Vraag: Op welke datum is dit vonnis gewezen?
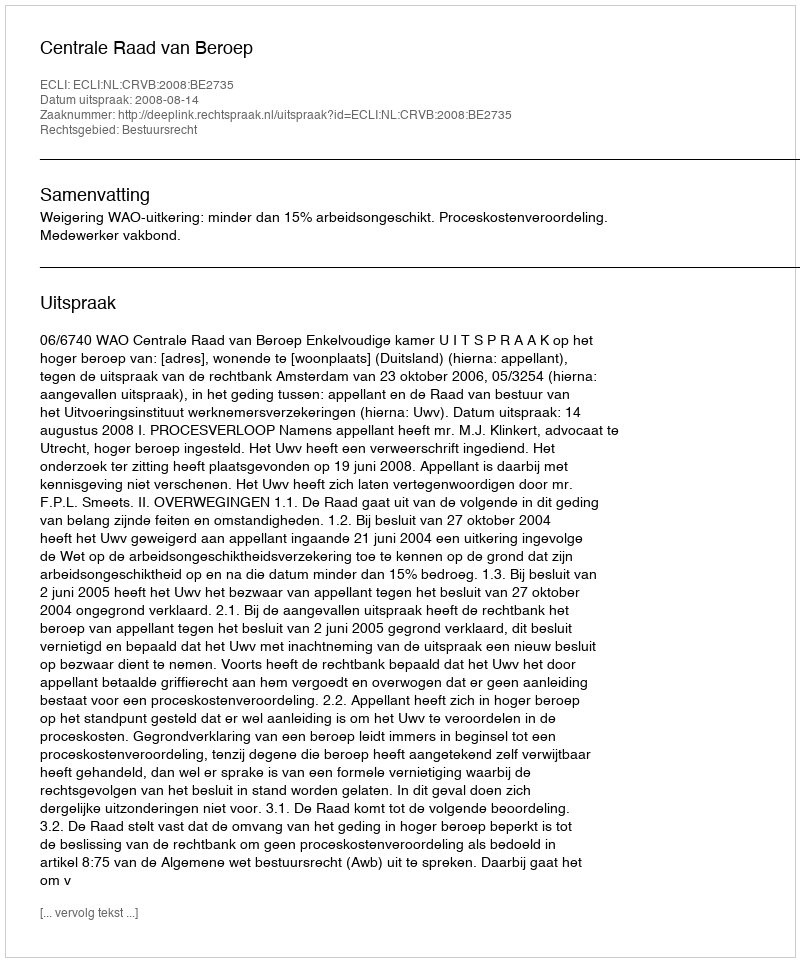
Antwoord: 2008-08-14